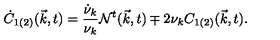
\dot { C } _ { 1 ( 2 ) } ( { \vec { k } } , t ) = \frac { \dot { \nu } _ { k } } { { \nu } _ { k } } { \cal N } ^ { t } ( { \vec { k } } , t ) \mp 2 { \nu } _ { k } C _ { 1 ( 2 ) } ( { \vec { k } } , t ) .